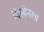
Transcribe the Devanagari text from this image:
ब्रिस्बेनला